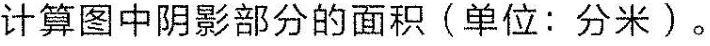
计算图中阴影部分的面积(单位：分米)。10